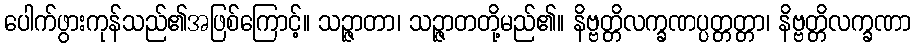
ပေါက်ဖွားကုန်သည်၏အဖြစ်ကြောင့်။ သဉ္ဇာတာ၊ သဉ္ဇာတတို့မည်၏။ နိဗ္ဗတ္တိလက္ခဏပ္ပတ္တတ္တာ၊ နိဗ္ဗတ္တိလက္ခဏာ